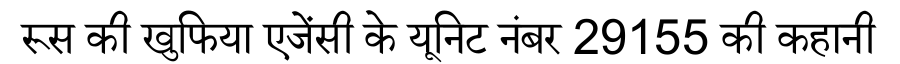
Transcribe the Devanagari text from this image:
रूस की खुफिया एजेंसी के यूनिट नंबर 29155 की कहानी